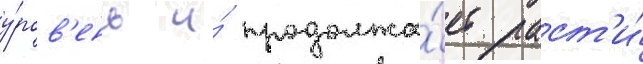
у́ров'ень и́ продолжа́ет раст'и́